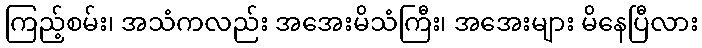
ကြည့်စမ်း၊ အသံကလည်း အအေးမိသံကြီး၊ အအေးများ မိနေပြီလား